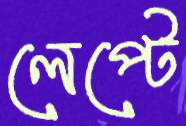
লেপ্টে